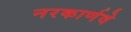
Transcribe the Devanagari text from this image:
नरकार्णवे